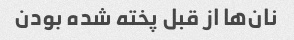
نان‌ها از قبل پخته شده بودن